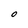
Character: O